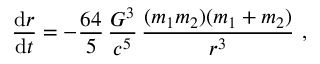
{ \frac { \mathrm { d } r } { \mathrm { d } t } } = - { \frac { 6 4 } { 5 } } \, { \frac { G ^ { 3 } } { c ^ { 5 } } } \, { \frac { ( m _ { 1 } m _ { 2 } ) ( m _ { 1 } + m _ { 2 } ) } { r ^ { 3 } } } \ ,